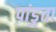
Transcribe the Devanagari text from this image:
पांडुता